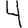
Digit: 4